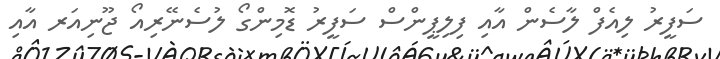
ސަފީރު ލިއެފް ލާސެން އާއި ފިލިޕީންސް ސަފީރު ޑޮމިންގޯ ލުސެނޭރިއޯ ޖޫނިއަރ އާއި